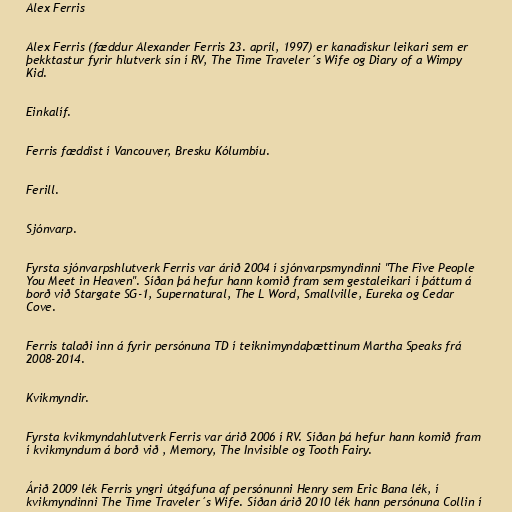
Alex Ferris

Alex Ferris (fæddur Alexander Ferris 23. apríl, 1997) er kanadískur leikari sem er
þekktastur fyrir hlutverk sín í RV, The Time Traveler´s Wife og Diary of a Wimpy
Kid.

Einkalíf.

Ferris fæddist í Vancouver, Bresku Kólumbíu.

Ferill.

Sjónvarp.

Fyrsta sjónvarpshlutverk Ferris var árið 2004 í sjónvarpsmyndinni "The Five People
You Meet in Heaven". Síðan þá hefur hann komið fram sem gestaleikari í þáttum á
borð við Stargate SG-1, Supernatural, The L Word, Smallville, Eureka og Cedar
Cove.

Ferris talaði inn á fyrir persónuna TD í teiknimyndaþættinum Martha Speaks frá
2008-2014.

Kvikmyndir.

Fyrsta kvikmyndahlutverk Ferris var árið 2006 í RV. Síðan þá hefur hann komið fram
í kvikmyndum á borð við , Memory, The Invisible og Tooth Fairy.

Árið 2009 lék Ferris yngri útgáfuna af persónunni Henry sem Eric Bana lék, í
kvikmyndinni The Time Traveler´s Wife. Síðan árið 2010 lék hann persónuna Collin í